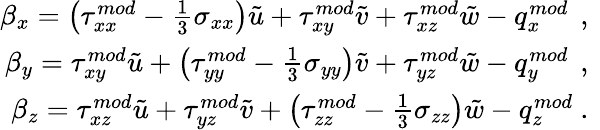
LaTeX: \begin{array}{r}{\beta_{x}=\left({\tau}_{xx}^{mod}-\frac{1}{3}\sigma_{xx}\right)\tilde{u}+{\tau}_{xy}^{mod}\tilde{v}+{\tau}_{xz}^{mod}\tilde{w}-{q}_{x}^{mod}\, \mathrm{~,~}}\\ {\beta_{y}={\tau}_{xy}^{mod}\tilde{u}+\left({\tau}_{yy}^{mod}-\frac{1}{3}\sigma_{yy}\right)\tilde{v}+{\tau}_{yz}^{mod}\tilde{w}-{q}_{y}^{mod}\, \mathrm{~,~}}\\ {\beta_{z}={\tau}_{xz}^{mod}\tilde{u}+{\tau}_{yz}^{mod}\tilde{v}+\left({\tau}_{zz}^{mod}-\frac{1}{3}\sigma_{zz}\right)\tilde{w}-{q}_{z}^{mod}\mathrm{~.~}}\end{array}